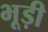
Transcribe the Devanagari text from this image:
भूड़ी